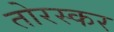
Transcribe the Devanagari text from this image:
तोरस्कर